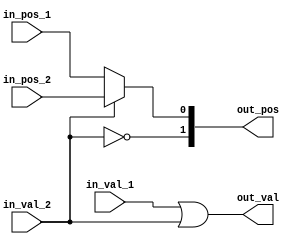
module FPU_LZD_mux  (in_pos_1, in_val_1, in_pos_2, in_val_2, out_pos, out_val);

//Position of MSB set will be termed as P2
//Position of LSB set will be termed as P1 

parameter layer = 1;

input [layer-1 : 0] in_pos_1, in_pos_2;
input in_val_1, in_val_2;

output [layer : 0]out_pos;
output out_val;

assign out_val = in_val_1 | in_val_2;
assign out_pos = in_val_2 ? {!in_val_2, in_pos_2} : {!in_val_2, in_pos_1} ; 

endmodule